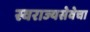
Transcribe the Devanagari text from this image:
स्वराज्यसेवेचा